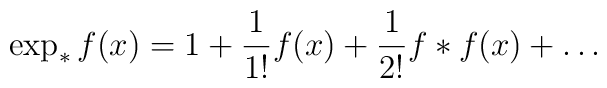
\exp_* f(x)=1+\frac{1}{1!}f(x)+\frac{1}{2!}f*f(x)+\dots